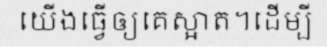
យើងធ្វើឲ្យគេស្អាត។ដើម្បី